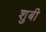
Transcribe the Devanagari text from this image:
शुबी